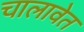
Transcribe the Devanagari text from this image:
चालावेत